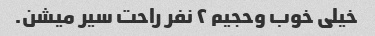
خیلی خوب وحجیم ٢ نفر راحت سیر میشن.